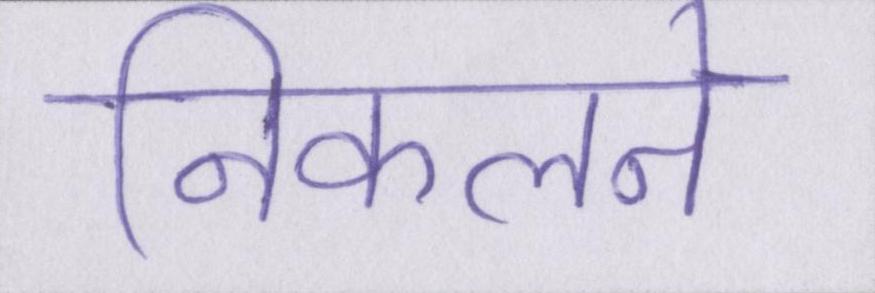
निकलने